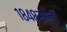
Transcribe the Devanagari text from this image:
१८४८साली